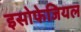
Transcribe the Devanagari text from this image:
इसोफेजियल